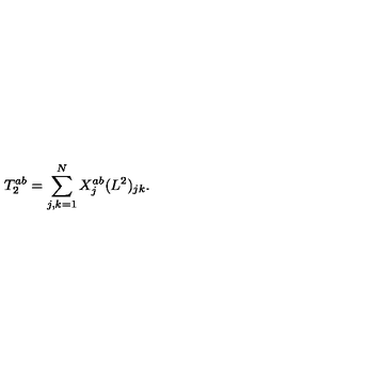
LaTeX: T _ { 2 } ^ { a b } = \sum _ { j , k = 1 } ^ { N } X _ { j } ^ { a b } ( L ^ { 2 } ) _ { j k } .